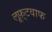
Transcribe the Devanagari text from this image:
लूफ़्टवाफ